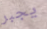
يجبر